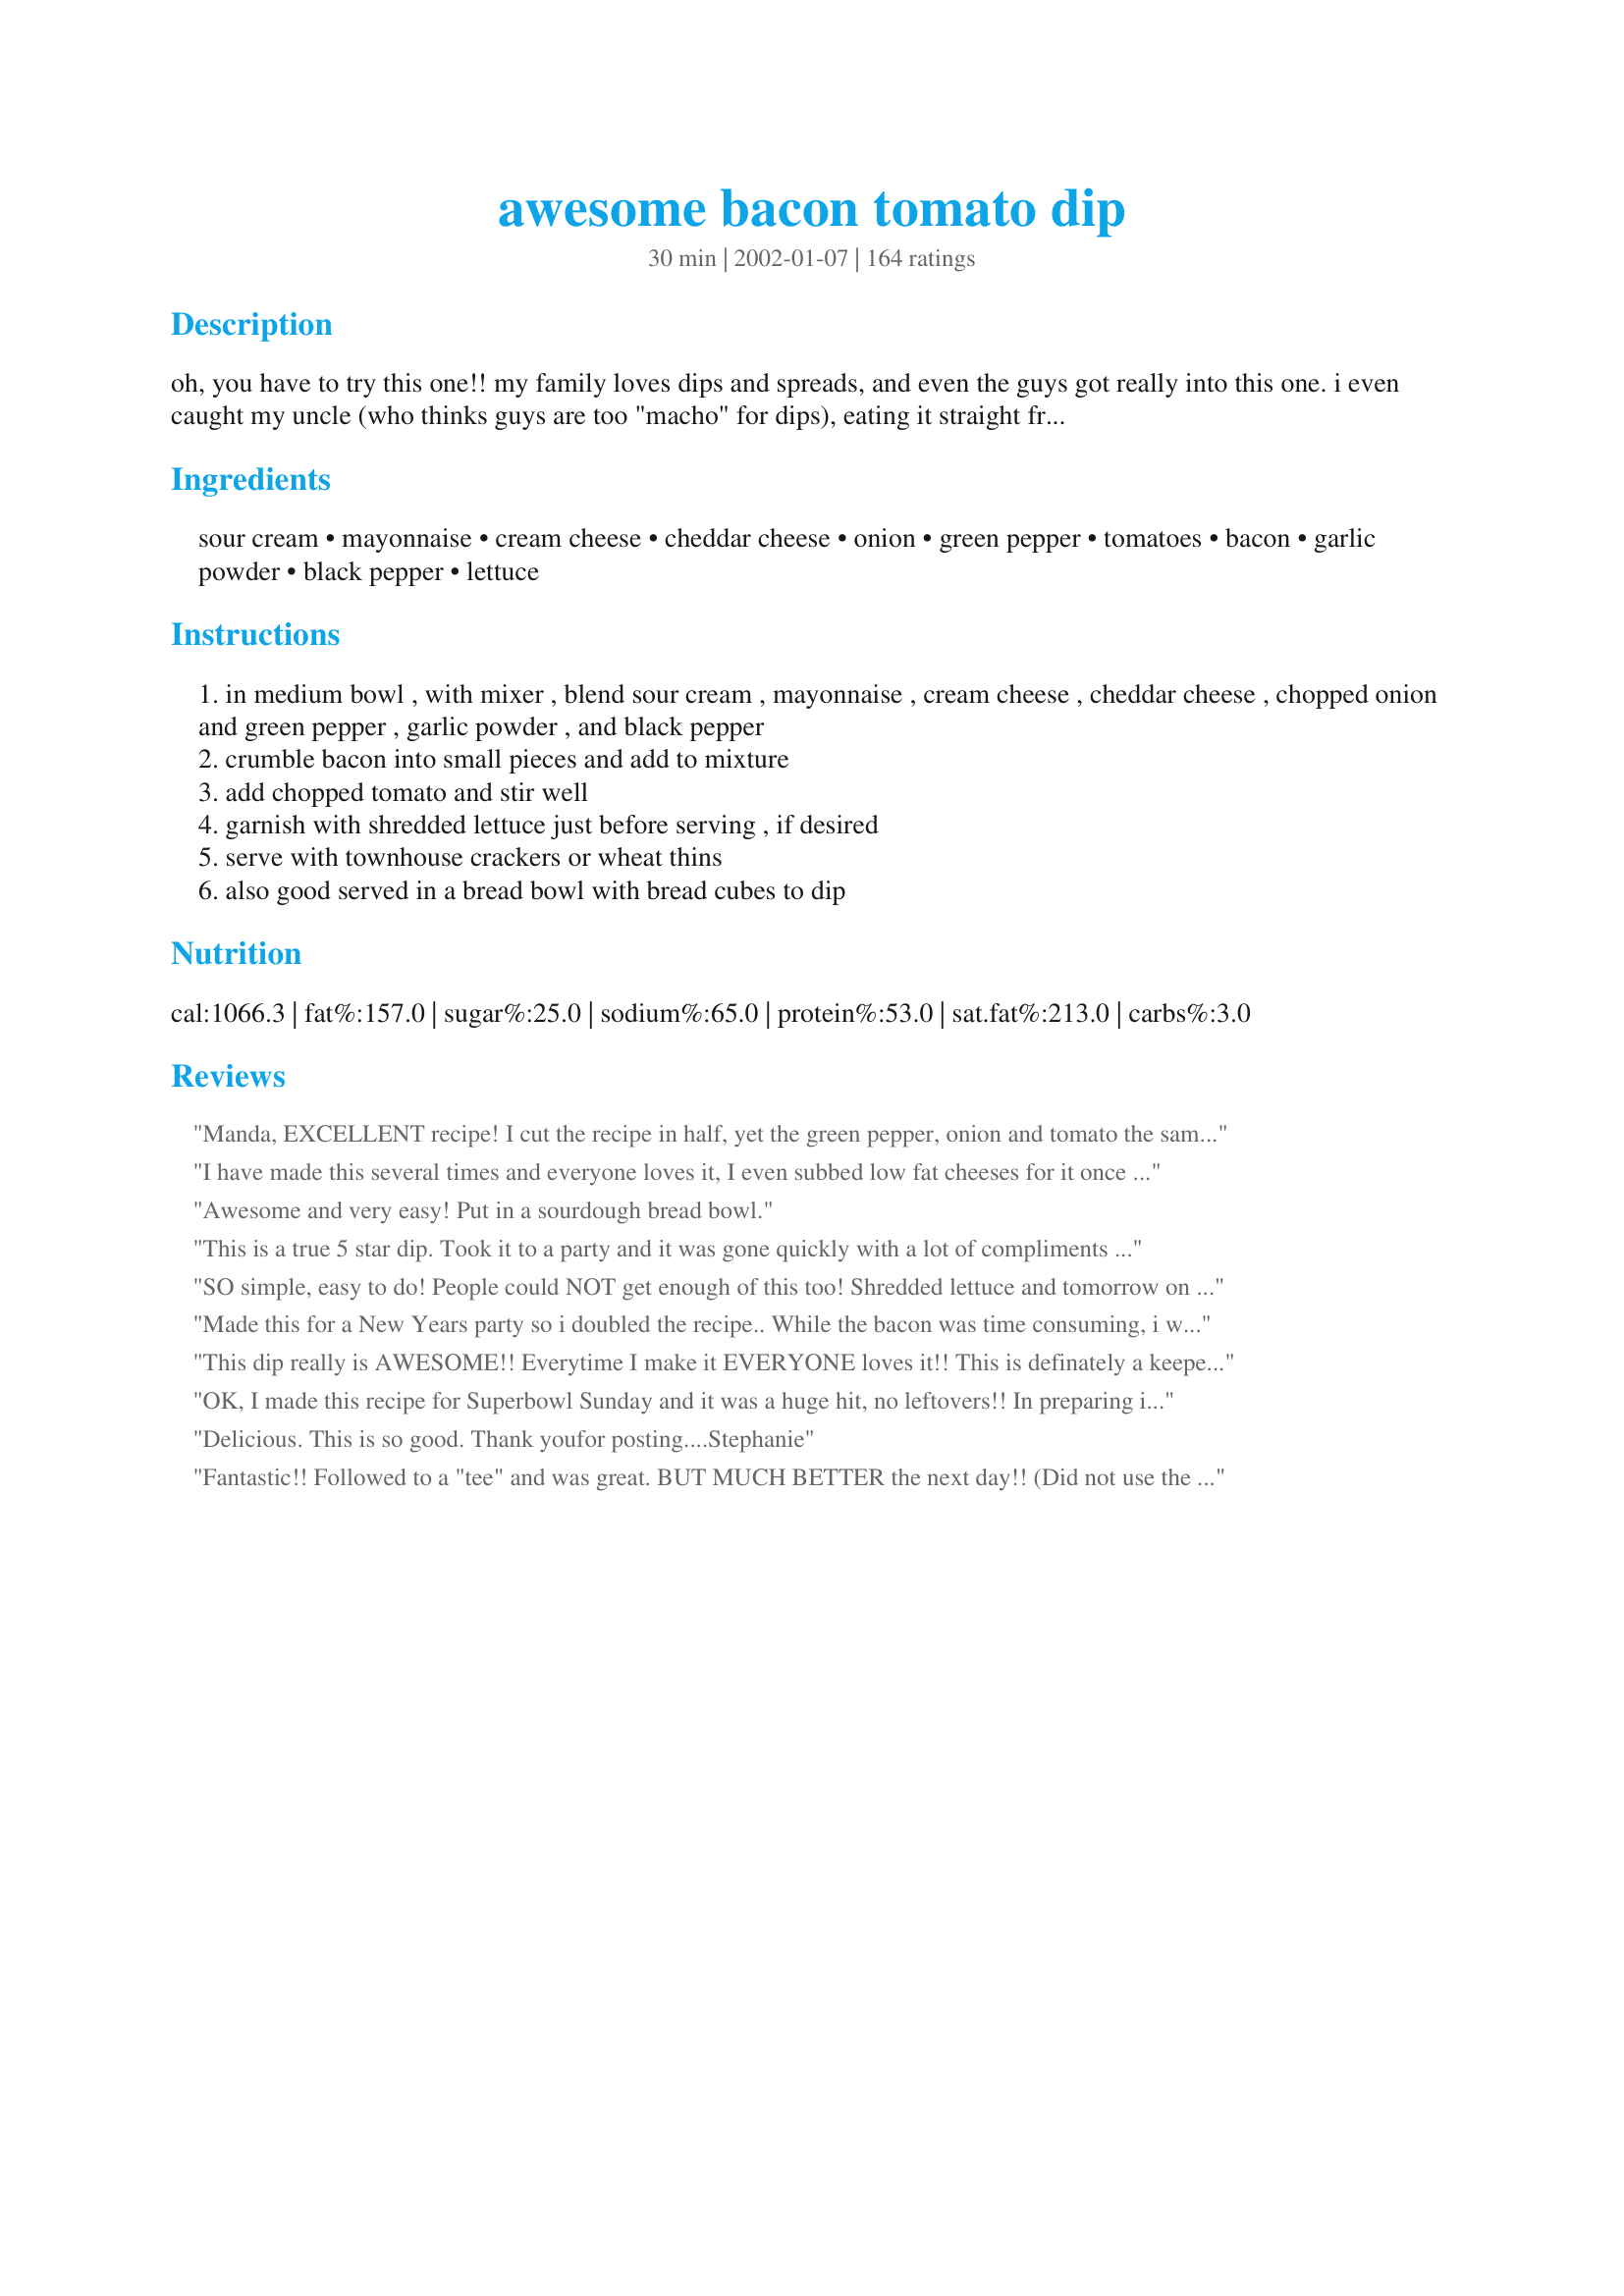
awesome bacon tomato dip
Preparation time: 30 minutes

oh, you have to try this one!! my family loves dips and spreads, and even the guys got really into this one. i even caught my uncle (who thinks guys are too "macho" for dips), eating it straight from the bowl with a spoon!! best when made day of, and lettuce added just before serving. it gets soggy:(

Ingredients:
sour cream, mayonnaise, cream cheese, cheddar cheese, onion, green pepper, tomatoes, bacon, garlic powder, black pepper, lettuce

Steps:
in medium bowl , with mixer , blend sour cream , mayonnaise , cream cheese , cheddar cheese , chopped onion and green pepper , garlic powder , and black pepper
crumble bacon into small pieces and add to mixture
add chopped tomato and stir well
garnish with shredded lettuce just before serving , if desired
serve with townhouse crackers or wheat thins
also good served in a bread bowl with bread cubes to dip

Reviews:
Manda,
EXCELLENT recipe! I cut the recipe in half, yet the green pepper, onion and tomato the same as the full recipe. The result was a very chunky dip,spead that was excellent on crackers and bagels! Thanks for sharing a great recipe...a real keeper!
I have made this several times and everyone loves it, I even subbed low fat cheeses for it once and it turned out to be delicious!
Awesome and very easy! Put in a sourdough bread bowl.
This is a true 5 star dip. Took it to a party and it was gone quickly with a lot of compliments and requests for the recipe.
I also left out the lettuce due to hot weather. Served with the large size wheat thins.
Thanks for posting.
SO simple, easy to do!
People could NOT get enough of this too!
Shredded lettuce and tomorrow on the day!
This makes for a colour dish that is GREAT for entertaining and all you do is watch it disappear...OKAY? :)
THANKS!
Made this for a New Years party so i doubled the recipe.. While the bacon was time consuming, i was happy how it turned out! I thought it has a perfect mixture of flavors and served with townhouse crackers. Made it once since then and will definately make it again.
This dip really is AWESOME!! Everytime I make it EVERYONE loves it!! This is definately a keeper. I have yet to come across anyone who doesn't like it. I skip the lettuce, and use only about 1/2 the amount of garlic powder. Great party pleaser!! Very colorful and looks nice on the table.
OK, I made this recipe for Superbowl Sunday and it was a huge hit, no leftovers!! In preparing it though, I tried to skimp on the 1 lb. of bacon by adding only half the amount, I found that it didn't taste right. I added the rest of the bacon and also added chopped green onions instead of the regular onions and it tasted wonderful!! I did omit the green peppers and didn't even fuss with the lettuce. This is definitely another quick and easy keeper recipe....thanks Manda!!
Delicious. This is so good. Thank youfor posting....Stephanie
Fantastic!! Followed to a "tee" and was great. BUT MUCH BETTER the next day!! (Did not use the garnish of lettuce) A keeper!! Thanks for posting.
I made this for a Superbowl Party and it was a big hit. I think next time I will take my husband's suggestion and try adding some green onion.
Because this had so many great reviews I had to try it and I wasn't disappointed! Like so many others have stated, I served it with a variety of crackers and cruditÃ©s. When I make it again I'm going to add a little more mayo and sour cream to loosen it up a wee bit. I used real thick cut bacon and a combination of red, yellow and orange peppers. Also made it the day before the party so the flavors would meld. This will be a staple in my appetizers presentations.
I wish I could have given this way more than 5 stars. I love this dip! Its a HUGE hit at all the family gatherings!! Great recipe!
I made this as an appetizer for Christmas dinner. Followed the directions exactly, but omitted the lettuce and used jarred chopped garlic instead of garlic powder. Although I got compliments on it, I felt something was missing. I think next time I will add a dash of cayenne or chili pepper flakes to give it a bit of zip. Served it with fresh veggies and crackers. Like someone else said, it's so thick, the crackers broke when dipping, so I think serving with a spreading knife would be helpful rather than dipping. If the company wouldn't have liked it, I would have rated it a 3. Was a tad disappointed given all the rave reviews.
This was a very fresh tasting dip. Will be making again. Thank you.
I already made this recipe 4 times and it became the favourite dip that I serve during BBQs. While cooking bacon, I add the onions as well as I prefer cooked onions rather then raw. I use 3 medium onions instead. I have already shared this recipe with 2 aunties who took the bowl near them and didn't stop eating until it finished :)
This was pretty good, I made it exactly as stated and had a great response at my party. Of course I was asked for the recipe. This was much better after letting it sit for a couple of hours. We ate it on Ritz. YUM!
Soo good! Must let it chill in the fridge to let everything meld together for at least 30 minutes! Great texture and flavor!
Great for football parties. I made this several times last fall and during the holidays, and recently realized I'd forgotten to review it. I made it exactly as directed (but added a bit more crunchy bacon), and after the first time, left off the lettuce. It's great with chips, crackers, AND as a sandwich spread, especially on club sandwiches. This is a real keeper, and really wonderful!
I made this dip for a homebrew beer tasting party I had..Everyone loved this,very habit forming.There was 7 people and the dip was totally gone in no time....I left out the lettuce as we had it outside and it was very warm out...Served with mulitgrain club crackers..Also used cherry tomatoes,I think I cut up about 8 tomatoes,nice tomato flavor..This dip is a real winner, Highly recommend this recipe..Thank U...
This is an awesome receipe! My sister-in-law brought this to our family Christmas dinner, and it was a big hit!!
This dip is great. I took it to a party and it was the first thing to go. Everyone wanted the recipe. I used green onions instead of the onions and green peppers but otherwise followed the recipe. I think it could be made with less bacon as the bacon flavor was very strong...lots of potential for tweaking in this one. Thanks for posting!!
YUM!! I substituted Morning Star Farms Bacon for the bacon but otherwise made as directed. I was out of lettuce but that would have only made this recipe better! I made this for game night and it was gone in a flash. I served mine with white corn tortilla chips and I will be making this again and again! Thank you for sharing this!
I made this dip as my "treat" after dieting for several days. I only can 1/2 cup of it and was soooo wanting more. I mixed the 1/2 cup dip with 1/2 cup lettuce to make it go further, lol. Good dip. I hadit with fat reduced Ritz. I will be making it for parties.
Another 5 star review. Followed recipe, but omitted the lettuce. I would recommend making at least one day in advance. Was really good the day I made it, but the leftover dip was even better.
great recipe keep up the good work
Made it for a girls night out and people raved about how great it is. I only had Club crackers and I thought it was a good accompaniment. Left out the lettuce. Still great.
Wow, great dip!! I would have personally given this 5 starts, but my sister didn't like it and my Mom and brother just liked it. I LOVE it tho!! :) My mom suggested maybe next time add more sour cream and cut down cream cheese. Thanks, this was great with ritz tom 'ems crackers and carrot sticks!
OUTSTANDING!!! I served this at our Super Bowl party this year and it was a HUGE hit!!! Very tasty dip! I did omit the green peppers and lettuce and just served it in a bowl. It was gone in a flash! Thanks so much, this is a KEEPER!!!! A+++++++++++
This was very good dip and a nice change from the usual. We really liked the flavor the tomato adds. I did not add the lettuce and it was enjoyed anyway. Served it with Wheat Thins. I think this would be very tasty with some spinach added. I think I will try it that way next time. 
Thanks Manda!

Awesome is the right word for this dip. It was sooo good. Everyone loved it and I didn't even have any green peppers to put in it. We ate it on crackers and on tortilla chips. I thought that is was best on the chips. Since it wasn't all eaten the first day, I heated it the second day so that the cheese would melt. That was really good too. Made this for Thanksgiving and not only got requests for the recipe, but have been asked to make it for the family Christmas too. Thanks sooo much for posting!
My guests enjoyed this so much it was gone in no time at all! I made as directed, using green onions. Thanks for this wonderful dip recipe, Manda!
Oh wow! Forget the other appetizers! Just give me this! I made it, per the recipe, 8 hours before my party & it held together beautifully. I chose to form it into a ring shape & fill the center with finely shredded lettuce. Garnished with more crumbled bacon & served with thinly sliced baguette bread, this dish (it's way more than a dip!) had my guests standing in line to get to the bowl again! Luckily it made a LOT & I was able to hide away half to eat all by myself, with a spoon ;-) Thanks for sharing this winner!
Great dip recipe, well received by the entire family. I added a shot of tobasco for a little kick and sprinkled the bacon on top right before serving. Skipped the lettuce, too. This one's a keeper!
I made this for a birthday party two days ag. So delicious, was great with crakers, bread, pretzels, a few people even put it on a bagel and ate it as a sandwich. Yum!
I had the same experience as everyone else: I took this to a party & came home empty handed! I used the mixer only for the sour cream, mayo & cream cheese; then stirred in the bacon (Oscar Mayer bacon bits), cheddar, green onions & tomato, and skipped the green pepper & garlic. Also I did make it a day ahead, except for the tomato and it was delicious. My husband said "You really need to make this just for us sometime." A real keeper - thanks!
This dip is great,my kids devoured it and so did my guests.The blend of flavors is perfect and I followed the recipe exact,did not omit anything,very easy and taste delish,thanks for a great dip that will impress my family and diners.
Manda, This was an awesome dip. I made this for the 4th of July to take out on the boat with us. It was a hit. I increased the cheddar cheese a bit and omitted the green pepper. Thanks for sharing such a great recipe.
Include me among those who love this dip. I made it a couple of hours ago to serve guests this evening. If there is any left when they arrive I'll find out what they think. If not, you'll know how much my husband and I love it.
Great dip recipe! This was so delicious. It has a taste like homemade Thousand Island dressing, which I love! Thanks for this recipe!
Used a orange pepper for color and green onion as onion was too strong. Did not add lettuce. Everyone at the 2 parties I went to liked it but there was still a lot left over. DH didn&#039;t care for the overall texture, he likes dips that are more blended but I didn&#039;t count him in when writing this.
Yummy, yummy! I also used green onion and no green pepper. I left my tomatoes diced large, so it was very easy to eat with a spoon!
Made it as directed and it was wonderful! It is even better when it is allowed to chill in the fridge overnight. Makes 3 cups or so -- plenty for a party or potluck. I will definitely make again and maybe add a bit of chopped green chile next time just to change it up, but it is still excellent as is!
Wow, this was so wonderful. My whole family just loved it, thanks for this great recipe!!
I didn't want to freak out the health nuts I had coming for dinner and left out the bacon, it was still an amazing dip! Finished it for breakfast the next day.
I only made 1 c. of this dip but loved it. Great with Flipsides. Still have leftovers after using it as an appetizer.
Absolutely the best cracker spread,dip recipe ever!The lettuce would make it pretty but certainly isn't needed.I have to leave out the green peppers so use green onions for that extra color.
i followed the recipe exactly and served it with wheat thins. it was really good, but very salty. i had a few people ask for the recipe. maybe it would be less salty with a lower sodium bacon and less garlic powder? anyways, thanks for sharing i will make it again with those changes!
Everone loved this Dip and I was asked for this recipe multiple times! Thanks Manda!
Sorry to be a party pooper, but this dip was okay, nothing special that knocked my socks off.
I have served this dip at several family gatherings and everyone has commented on how tasty it is. I like it best with Wheat Thins. I don't even like tomatoes that much but I LOVE this dip! I don't use the lettuce, it's not necessary. And instead of a large tomato, I rough chop grape tomatoes.
Excellent! I served this yesterday at my annual Christmas party, and it disappeared. Even my health and weight conscious friend loved it!
I took this to work today it was a huge hit everyone wanted the recipe. I made just as it was written except I left out the green pepper because I did not have one. Will be making this again.
Wow-za! :-) This dip IS awesome, outstanding, delicious, delighful, delectable...I could go on and on, just like all of the other reviewers, this dip is soooo good! Can't wait to take this to work several times this week for my lunches, to dip veggies in! It is also so good that I plan on serving it at a party I will be hosting in a few months! I made some very sight modifications - used Bacon Bits instead of real bacon (it would be even better with real bacon); added a bit more onions (personal preferance,), and a bit more pepper than most people would probably use, to add even more pizazz(1/2 tsp). LOVED IT! Thanks so much for turning me on to a 10 star dip! :-)
This dip is fabulous! I took it to a get-together with our bible study group and it was gone in no time! I did use green onion instead of the onions and green peppers, just because that is what I had on hand. I also used fat-free cream cheese and fat-free sour cream. I did not use the lettuce as I didn't think it really needed it. I liked it better with the Frito Scoops than I did with the Wheat Thins, but that's just my opinion. Since I shared this recipe with everyone in our group, I'm sure this won't be the last time I get to enjoy this dip. Plus, I will be making it again. Thank you for this recipe.
This recipe is awesome! My family loves it when it is in dip form, but to change things a little I made it into a pasta dish, just mixed it normally and put penne pasta in it. Awesome!
WOW!! this was amazing. REally I am almost with out words. I am almost finished making it (almost done with the bacon) and so far it is outstanding. I will really impress our friends tonight!!!
OMG!! This was was soo good! I'm always asked to make this for parties. The only things I do differ, is I use green onions and I've never used the green pepper. I find green pepper to dominating for my taste. This is a sure hit for all! Thanks for posting!!
Very tasty dip. I originally made it to use as a veggie dip -- but I didn't care of it that way, so bought some RyeKrisp crackers and it was wonderful!!! I didn't use the entire pound of bacon and my dip was still loaded with it. Very unusual recipe -- but very, very enjoyable. Thanks for sharing it.
This was outstanding. I took this to work and all rated it 10 stars. I don't know if I can say this but one of my co-workers said "m-m--m--m this is a food orgasims"
Thank you so much for sharing such a yummy recipe. I will be making this again and agian.
We loved this! We skipped the lettuce, otherwise followed the recipe exactly.
I made this to take to our euchre club this month...it was a big hit...I served it with toasted bauqette bread....
I made this as one of my dips to serve during the superbowl. I halved the recipe as I was make a few other dips as well. Big mistake- this was the first one to go! I did not use onion as a few of my picky eaters will not eat it but I did add a little onion powder and it was perfect. My DD was very disappointed as she left for a few hours and upon returning it was gone. Will be make this often!
Excellent and a party favorite. Thanks for sharing.
The best dip I have ever made/had! It ran out quick and everyone wanted the recipe. At every function this dip HAS to be made by someone! I add a package of KNOR Leek Soup Mix. It makes it very green oniony! So good!
For me this was just ok - would be best with potato chips but for me it's not worth the work of making all that bacon.
I omitted the tomatoes and made a week in advance and froze, then added tomatoes the day of. It didn't get soggy and tasted pretty good. The dip was pretty dense, though.
Football, wings and bacon dip! I served this with wheat thins and tortilla chips. My family seemed to like it better with the tortilla chips.
Made several dips during the Holidays and this one took the prize.
We thought this dip was awesome. I have already made it several times. Thanks!!
Oh Manda, you made my family very happy with this recipe. It is fast and easy to make and the flavors are just great together. Thanks for sharing.
My boyfriend is a huge sports guy. I make this for him and his friends for sports events hosted at our house. They love it, as do I. 
Thanks for posting.
I made this to take to Thanksgiving, and everyone crowded around the bowl, thanks Silver Opera for mentioning the green onions, it was Awesome!!!
Had to add my five stars - loved it. This dip is quite "sturdy," so next time I'l buy the Wheat Thins instead of the store brand - they are crisper (and the wheat flavor complimented the dip well).
yummy, easy, I likey!
I made this last year for my baby shower and last weekend for an 18th i think i added a little to much capsicum the last time because it was a really strong flavour but such a yum dip otherwise! TY Manda
I definitely have to agree with everyone else.... terrific dip and extremely easy! This one just found a new home in my recipe cards. Thank you!
So yummy! I made this for a party and it didn't last very long. I've been asked to make it for other parties after.
This is an excellent dip. I don't blame your uncle for eating it with a spoon. I chose to eat it on toast squares. I omitted the green pepper, because of a picky family member, and I omitted the lettuce because I forgot about it. It's too bad, that would have completed my BLT.
This is one of the best dips I've tried. It made more than I realized, so I split it up and brought it to 2 different holiday parties, and it was gone in no time. Made no changes to the recipe, except I forgot the lettuce garnish. Excellent flavors.
I thought this dip was okay but maybe I was expecting it to be over the top because of all the reviews. I took it to a party and brought back about half of it so would not say it went over that well. Thx anyways, it is always nice to try something different.
I was really impressed with this dip! I omitted the lettuce, because I made it the day before to let the flavors blend, and it was awesome! I contemplated mixing the tomato in the next day, but decided to combine everything the night before and I was glad I did. Since the tomatoes were seeded, it didn't change the consistancy, but it really improved the flavor. This dip was a little bit salty, and I'm not sure what I could have differently to reduce that, other than to try low-sodium bacon next time. I will definitely make this again.
An absolute winner! I took this to a party along with a couple of other dips and this was the one that everyone kept commenting on. Will definitely make again! The only change I made was to chop the bacon prior to cooking it instead of crumbling it after.
This was a good dip recipe but don't make the mistake I did by using light sour cream. It was super runny and would have been just fine if I would have used regular sour cream. Will try again using regular! Thanks for the yummy recipe!
great dip!! everyone at worked loved this one!
This was great! Didn't have the green peppers and only had half pound of bacon, but it turned out yummy anyway! Got completely devoured!
I made this for a candle party last year. Now that i'm having another party, all the people who were at the last one are requesting that i make it again! I didn't realize that it made such a tasty impact. Thanks!
You've got a real crowd pleaser here!! Instead of 1 large tomato, I used 1 medium red and 1 medium orange tomato, which made it very colorful! I am not sure why, but I opted not to use the lettuce. We really liked this and will be making it again! Thanks for the great recipe! :)
Hey Manda. This dip truly is AWESOME. I found myself dipping everything(including my finger) Good one.
FANTASTIC! I made this for a Superbowl party. I doubled the sour cream and added an extra tomato since a lot of reviews said this was so thick. I omitted the green pepper, and instead I added 2 diced avocadoes. I used "light" everything; sour cream, mayo, cream cheese, cheddar, and even the bacon. I also added some black pepper and hot sauce. I did not use lettuce. I served it with the big Wheat Thins. This made a HUGE amount of dip, and it was demolished completely! Everyone loved this, and I am expected to make it again next year. There were even people making sandwiches with it! The only thing I might change next time is to only add 1 avocado...I think I went a little overboard there. Thanks for the fantastic recipe!
This is seriously one of the tastiest dips I have ever eaten. It was a huge hit at my Superbowl party this year! Everyone ate it all up! It was wonderful with plain Wheat Thins. I also subbed a few things to make it a tad bit healthier such as turkey bacon instead and also light sour cream and light cream cheese and mayo. I also used green onions which made it fabulous! It is okay with lettuce but I didn&#039;t think it was necessary. It is great without it also. t would highly recommend this for any occasion. It is guaranteed to be a hit!
I skipped the onions and peppers because I was entertaining guests who have heartburn problems. Used garlic powder and onion powder. Everyone loved it!
Excellent dip! I served this with celery and garlic crustini for a light lunch, and we are looking forward to the leftovers.
To save time, I substituted a can of (drained) diced tomatoes instead of seeding and chopping a fresh tomato. The flavor was awesome! Thanks so much!
Took this to a graduation party, everyone loved it! I doubled the recipe so I could keep some for me : )
I used low-fat cream cheese, fat-free mayo, and fat-free sour cream. I took it to work and it was completely gone by 10:30am. The bowl was scraped clean and even the spoon had been scraped clean with crackers. I never had so many people ask me for a recipe. (I used 2 large fresh garden tomatoes and omitted the green pepper.) Delish! Thank you for the recipe!
Awesome as is!
Fantastic! Makes a bunch -- but everyone at work likes to share. Have made many times.......Will make again (probably soon),
This was just ok. With everything in it, you'd think it would have more taste. It was a lot of work cooking all the bacon. I made it for New Year's and threw out over half of it the next day so it wasn't very popular. With so many other good dip recipes out there, I won't be making this again.
I made this for a Christmas party and everyone loved it. Only change I made was I used Hormel real bacon bits instead of cooking my own. It turned out great.
This dip is so good you will have to force yourself to put down the cracker and walk away. Unless you dislike bacon, there is no way to rate this recipe anything other than 5 stars.
I made this once for a church fellowship and then was asked to make it again for the next one we had.
Wahoo! This was terrific! Bacon makes everything better. ;) The crunch of the green pepper is essential and lends a crispness to the dip. I didn't add onions and it was still a great dip. Thank you for the recipe, I'll definately add this to my favorites. I made this for my family 4th of July BBQ.
5 STARS! I was asked the bring a veggie tray to a graduation party and was determined to bring something other than the pre-made dips. I think I completely negated the nutritional value of the veggies with the pound of bacon, cheddar and creamy components, but it was well worth it! I can completely understand eating this with just a spoon! So tasty and I look forward to serving more often and trying it with some corn chips too!
This was delicious. Everyone loved it. I added a little Beau Monde and Herbes de Provence.
I made for a carry-in at work. I sampled it at home the night before and was impressed but overnight the flavors blend and it was fantastic the next day! I served with rye cocktail bread and firm water crackers. Ritz style was too buttery for this dip. I will definately make this again!
I LOVED this dip but my guests didn't seem quite as impressed as I was. I used the leftovers as a sandwich spread which was great!
Oh my!! That tastes WONDERFUL!! I made this up last night to take to a quilting pot luck today. I followed the recipe exactly. I chopped the green pepper and onion very, very fine - the pieces were perhaps 1/4 inch. And, although I'm not a big fan of green peppers, I cannot taste them in this dip. The blend of flavors is very, very nice. BUT, we woke up to about seven inches of new snow, the snow is still coming down, the roads are not plowed, and I can't make it in to my quilting gathering! So DH and I have to eat the whole recipe by ourselves! Don't ya hate it when that happens!! (wink, wink) Thanks a bunch, Manda
I found this looking for an appetizer for a mom's play group so I will officially rate when I actually make it.
DH and I were invited over to a neighbors last night and I needed something quick, easy and yummy to take with me. I'd been saving this one for some time and decided this was the perfect oppurtunity. Was it good, I followed the recipe except for one minor change, added a half of chopped and seeded jalapeno to give it a little more kick and did not use the lettuce (didn't have any) and everyone loved it. An unusual dip that had lots of pretty color and a differant taste of most of your cream cheese dips. We'll be using this one a lot. Served with crackers and a bottle of wine - PERFECT!
Great base dip! Of course I tweaked it to make it low fat (fat free miracle whip and low fat sc and cream cheese) -- left out green pepper, added 1/2 c tomato paste, used 1 clove real garlic, added red pepper flakes and Italian seasonings.
Given all the excellent ratings I thought I'd make this for a church function. It went together really quick and tasted good right then. Later (a few hours) I didn't think it was as good. Must be my taste buds. I may make again but may add less garlic powder. Not sure what I think it's missing. Thanks!
I made this as written, only subbing chopped green onions for the onion, and leaving out the lettuce. I took this to a party, and it was devoured... after one bite, it becomes addictive! 5 stars all the way, Manda!
Love this one! I made it for a bbq and combined green and red peppers for color. I also added bacon-flavored spice. The shredded cheese gave the dip a great, unexpected texture. I will definitely be making this one again!
Best dip ever. Made it for first time over weekend. Was hit of party. Made another one for office party a few days later and nothing left. Would not change a thing.
The title says it all - AWESOME! I fouled up the recipe a bit (I used a chopper and had the onion, pepper and tomato mixed in one container), but still used the hand mixer and it was still fantastic. Thanks for a keeper!
Awesome! Served this at superbowl this year, and after people figured out that it had bacon in it . .. there was a disappearing act! This is a hearty dip that probably isn't on your diet, but definitely worth a try.
This was a HUGE hit at the lake this weekend! I did add some chopped up salami and alittle dill relish. The longer it chilled the better flavor it got. I liked how easy it was to make too. This will go into my favorites for future times. Thanks for sharing the recipe!
This rocked! I really enjoyed it. I served it with Chicken Garlic Bites. I did not use the green pepper, my DH doesn't like them. And I didn't serve it on lettuce, although, I bet that it would be wonderful served in a lettuce wrap. MMM. Yep, next time I am serving them in little lettuce cups.
It IS awesome, Manda! It not only made a great dip, but I also used it as a filling inside a tortilla rollups appetizer. I'll be making this one again and again.
I made this for a party this weekend and it was a huge success! Tons of people asked me for the recipe. Because the dip seems like a heart attack in a bowl, I used low-fat sour cream and low fat cheddar cheese. I also used fresh garlic instead of garlic powder and I used scallions instead of onions and green peppers.I also didn't bother with the lettuce. It's really a great dip.
This was just ok. I followed the recipe exactly, but it wasn't amazing. My expectations might have been a little high from seeing all of the great reviews. My husband suggested adding chopped up avacados and seasoning it a little more. I might try it again and take his suggestions.
A step above any BLT Dip I've had, including my own! Needless to say, I've ripped up my recipe!
Awesome dip... I put it to the test and let my poker buddies try it on the first attempt!!! It was great, went well with our beer. I will revise this recipe with seafood and spice along with the bacon and let you know how it was!!!!!!! Perfect!!
This dip is AWESOME! I've made it several times now for different family functions and it's been a hit every time. I've had many requests for the recipe.
Oh YES! This is GREAT! I took this to a Ladies Valentine Party at church and received great reviews! I actually doubled the recipe and it made alot. Instead of using tomato and onions - I opted for a can of Rotel. I did not use all of the juice in the can, but as you mix, you can decide how much that you like. I did not use the green peppers. Also bought a larger bag of the real bacon pieces instead of cooking a pound of bacon. Anything to save time and energy. This will be made again!
This is awesome. I made it to take to a party it was a great hit! I loved it, I made it with green onions and didnt add the green pepper. Very easy to make and one that I will be making again, Thanks for sharing this recipe.
YUM! Dipped carrots, broccoli, green peppers, and cauliflower plus crackers in this one. It tastes great. Mixed everything except for tomatoes day before and it turned out great, added tomatoes right before serving and forgot to buy lettuce so that was omitted. Great recipe!
This was good party recipe. My husband liked it more that I did. The garlic flavor was a little overpowering for me. I didn't add the green pepper and I think I need more bacon. I will definately try again with a little tweeking.
The best dip ever.. we have this at every occasion!
Really tasty dip! I left out the green pepper, and added 2-3 chopped scallions. Next time I will go heavier on the garlic powder and pepper, or maybe add a packet of ranch mix. Thanks!
I made this for our New Year's Day celebration and there was none left. Served it with three types of crackers from Hickory Farm and when they were gone people were putting this dip on nachos. LOL. Makes enough for a large group. I made it the night before so flavors could mix and did't use the lettuce at all. Placed it in hollowed out peppers. Thanks for a quick recipe with a lot of flavor.
VERY easy to make, and the flavors were wonderful together. Almost made myself sick trying it at home then took a good bit of it to work and it was a hit with my co-workers. Thanks for the recipe!
Awesome is an appropriate description! I made this pretty much by "feel"...I didn't measure anything, but I have a pretty good eye, so it was probably close! I did use chopped green onion and although I was tempted to use fresh garlic, I used the powder.I used 2 small tomatoes and I actually forgot to put the lettuce on top. That's okay, DH took one bite and said "MMMMM". Okay, he's not crazy about dips, so this is a big compliment. He actually said "This stuff rocks, make sure to rate it a 5!" And I agree! This was easy, has a great flavor combination and can apparently do a disappearing act! Thanks for sharing, will definitely make this again!
Today was my second time for taking this dip to a gathering. This one was at the bowling alley for Christmas. Both times I gave what was left away, thrilling the recipient. It's great!
These dip was Excellent!!! All the guests at my Christmas party loved this one and I had several requests for the recipe. I will be making this fantastic dip again.
Made this to take as an appetizer on Thanksgiving . . . served with pita chips and veggie sticks. Delicious! My daughter and I had the leftovers for breakfast!
Excellent recipe. I served the lettuce on the side so the leftovers would keep better; however, there wasn't any left! Absolutely delicious dip. Served it with celery and carrot sticks, pumpernickel bread chunks, and assorted crackers. Everyone loved it and asked for the recipe.
This was really, really good! The only substitution I made was red bell peper for green because that was what I had. Several said they could eat it with a spoon! Thanks!
Can't go wrong with this one! Fairly simple to make, delicious, and won't last long on the table!!!
This is one of my favorite dips. I use 1/2 cup green onion in lieu of onion and green pepper. Is always a hit.
I made this for Thanksgiving, Christmas and 2 parties - now tonight for a Superbowl party. It has been a HUGE HIT every time! ....... I mince my onions in the foodprocesser and add a bit more onions and bacon. Easy to alter for your preferance. Works GREAT with pre-cooked and crumbled bacon - and makes it THAT much easier to make. SKIP THE LETTUCE alltogether.
This was an AWESOME dip! Very easy to make and everyone at my party loved it and there was done left! Will make again for sure!!
This recipe just did not work for me and my family. Very disappointed after reading all the wonderful reviews. It was boring; just didn't have any wow to it. Sorry, but will not make again. Gave it one star because my family said it was "just ok".
I served this today for a get together on our boat. I set this on the table, turned around to do something else and when I turned back around the bowl was surrounded. There were no words, just mmmm...mmm! And then it was gone. I think that says it all. Thank you for posting your recipe.
it was just ok. Had a ton of it left over.
Great dip, easy to make. I left out the green peppers, but I can't imagine the dip would be any better with them. Will definately be made again and again. Thanks Manda.
This was good and received many comments at a party last night. the different colors from the ingrediants makes for a nice presentation. 
I thought it needed a little more of a kick, so I added a bit more garlic poweder as well as some onion salt. I think next time I might add some garlic. Like others, I did not use the lettuce garnish.
this was great!! Everyone enjoyed it. THanks!!
Wish I could give this more than 5 stars. This was so wonderful. And I had atleast 8 people ask me for the recipe, my stepmother took two bites and got up and grabbed paper and pen so i could jot it down. The only thing i changed was instead of using an onion, and a green pepper, i had some green onion that i chopped up instead. This had really great flavors, I served it with Fritos Scoops, and Wheat Thins. A keeper for sure.
I made this for our New Years Eve Party and it was crowd pleaser. Thanks for a great recipe!

I love BLTs and thought that this recipe was great. I omitted the green pepper and used the shredded lettuce very sparingly as a garnish in the center of the dip. Served with the larger Wheat Thins, this was a very yummy dip. I am sure that it will be a repeat recipe for me.
I made this without the green pepper and lettuce. Let me tell you, It was great ! Everyone loved it, and I think next time I make it, I just might double the recipe :) Thanks Manda for sharing this lovely recipe
You said I had to try this one and I did. I needed a few dips for a staff meeting-this was one of them. RAVE reviews! I used applewood smoked bacon from a local butcher and extra sharp cheddar. I loved it, hubby complained that I didnt leave him enough, and everyone "needed" the recipe. Easy to make, outstanding flavor.

Di;-)
Awesome is right! Loved it!
this is a great blending of flavors. I thought I would omit the onion, because I'm not crazy about them, but I found a few lonely green ones in the bottom of the fridge, so I put them in. I didn't put the lettuce on, and I don't think it needed it anyway.I didn't get some of the bacon crisp enough, so I had some bacon "shreds" when the crackers were dipped, not a real attractive sight. This dip was my contribution to the NY's buffet at work, and it was the first to go, and I had to print out the recipe for everyone!! It is absolutely delicious!! Can't wait till next summer to use a fresh garden tomato instead of those plastic ones in the stores now!!!!
Made this exactly as the recipe says. It was super yummy. I served it with corn chips in the afternoon. During dinner, my DH ate it with some pan-fried fish. It was surprisingly good with seafood. Thanks for the recipe!
The taste is awesome & I will definitely make it again. However, I found the mixture so thick that the crackers/scoops kept breaking - next time, I'll double the sour cream. Thanx Manda!!
This was pretty delicious. I accidentally added the whole 8oz block of cream cheese instead of half but it came out great. Also added a little bacon grease (about 1/8 cup) to really kick the bacon flavor up. Very good and will certainly make again. Thanks for posting.
Not a fan, very thick and salty. Maybe it was the brand of bacon I used. Thanks for posting anyways!
Was looking for something different and this was it, thank you! Followed directions, eyeballing measurements. Used a 4 oz can of diced green chilis, "real bacon bits" and dried chopped onion since that was all I had on hand. Also left out the lettuce and served with wheat thins and was great BUT was even better served with celery to give back that lettuce crunch and flavor.
This was good. I added a decent amount of pepper and extra salt. I still felt like it was missing something..... maybe fresh garlic? I&#039;m not sure, but it was a great base to work with, thank you!
This recipe is amazing! i followed it exactly, with some of the low-fat options, made it for five people, and it was gone within 20 minutes. thanks so much for the recipe!
This is such a refreshing dip! Better tasting than a BLT and I love that it's mostly sour cream based vs mayo. Next time I will add more tomato as that was my favorite taste. Thanks very much!
